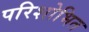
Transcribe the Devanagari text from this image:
परिशोभित